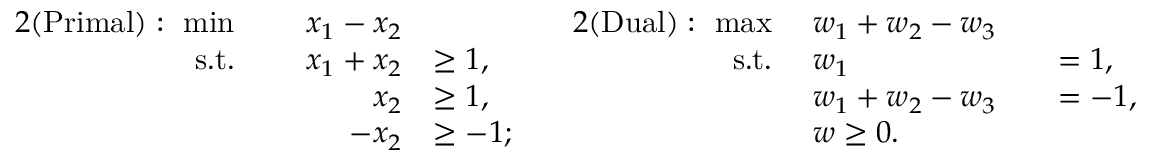
\begin{array} { r l r l } { { 2 } ( \mathrm { P r i m a l } ) : ~ \operatorname* { m i n } ~ } & { } & { x _ { 1 } - x _ { 2 } } \\ { \mathrm { s . t . } ~ } & { } & { x _ { 1 } + x _ { 2 } } & { \geq 1 , } \\ & { } & { x _ { 2 } } & { \geq 1 , } \\ & { } & { - x _ { 2 } } & { \geq - 1 ; } \end{array} \quad \begin{array} { r l r l } { { 2 } ( \mathrm { D u a l } ) : ~ \operatorname* { m a x } ~ } & { w _ { 1 } + w _ { 2 } - w _ { 3 } } \\ { \mathrm { s . t . } ~ } & { w _ { 1 } } & & { = 1 , } \\ & { w _ { 1 } + w _ { 2 } - w _ { 3 } } & & { = - 1 , } \\ & { w \geq 0 . } \end{array}